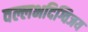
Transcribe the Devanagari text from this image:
वल्लभदिग्विजय